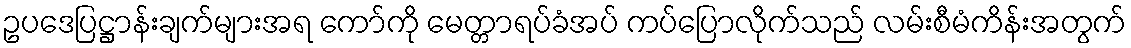
ဥပဒေပြဋ္ဌာန်းချက်များအရ ကော်ကို မေတ္တာရပ်ခံအပ် ကပ်ပြောလိုက်သည် လမ်းစီမံကိန်းအတွက်